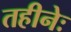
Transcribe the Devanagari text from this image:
तहीनेः